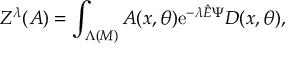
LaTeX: Z ^ { \lambda } ( A ) = \int _ { \Lambda ( M ) } A ( x , \theta ) \mathrm { e } ^ { - \lambda { \hat { E } } \Psi } { \cal D } ( x , \theta ) ,